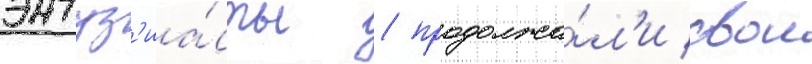
энтуз'иа́сты / продолжа́л'и свои